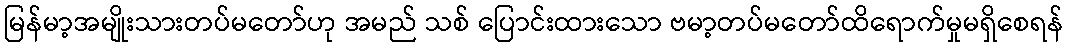
မြန်မာ့အမျိုးသားတပ်မတော်ဟု အမည် သစ် ပြောင်းထားသော ဗမာ့တပ်မတော်ထိရောက်မှုမရှိစေရန်